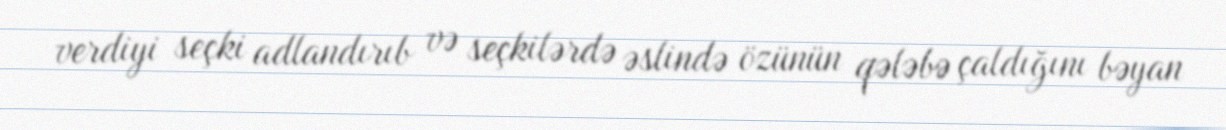
verdiyi seçki adlandırıb və seçkilərdə əslində özünün qələbə çaldığını bəyan